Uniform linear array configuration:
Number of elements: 4
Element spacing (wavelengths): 0.75
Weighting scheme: blackman
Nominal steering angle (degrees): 45
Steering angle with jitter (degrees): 46.55
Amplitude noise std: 0.05
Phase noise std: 0.05

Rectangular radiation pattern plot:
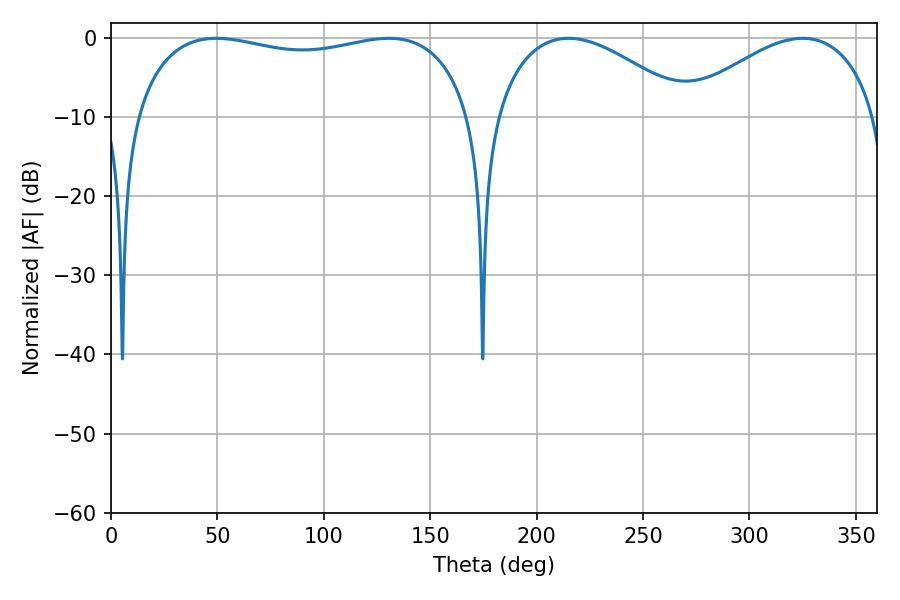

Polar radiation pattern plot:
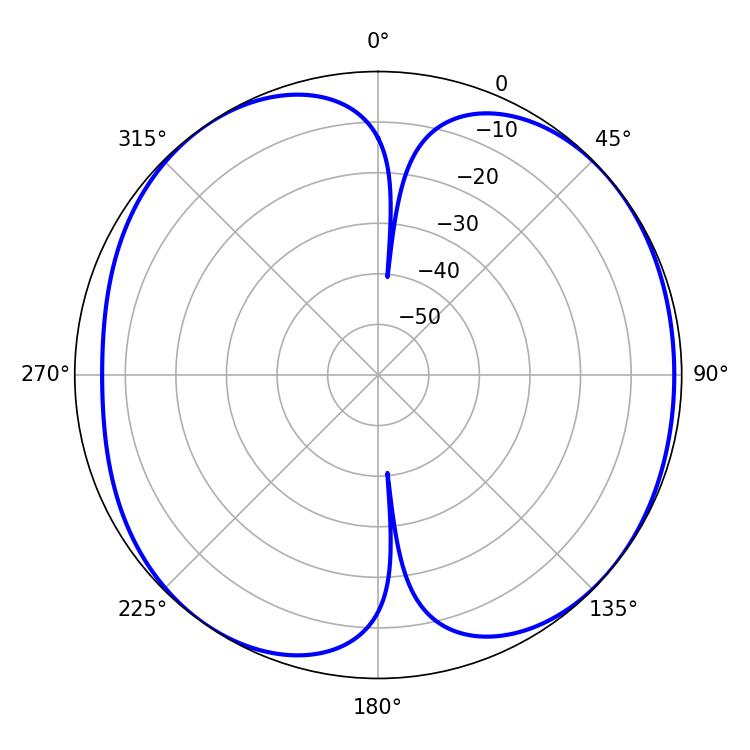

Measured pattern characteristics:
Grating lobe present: TRUE
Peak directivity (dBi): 7.255
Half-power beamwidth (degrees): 129.24
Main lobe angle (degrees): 49.5